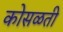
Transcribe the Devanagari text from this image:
कोसळती